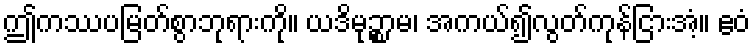
ဤကဿပမြတ်စွာဘုရားကို။ ယဒိမုဉ္စာမ၊ အကယ်၍လွတ်ကုန်ငြားအံ့။ ဧဝံ